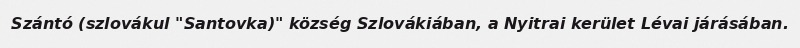
Szántó (szlovákul "Santovka)" község Szlovákiában, a Nyitrai kerület Lévai járásában.